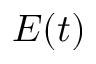
E ( t )